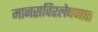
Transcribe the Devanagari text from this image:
मानसविश्लेषणात